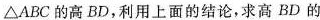
\Delta ABC的高BD，利用上面的结论，求高BD的